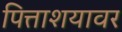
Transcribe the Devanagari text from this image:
पित्ताशयावर